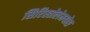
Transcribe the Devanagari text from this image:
सिरिस्तोलेमयोस